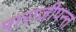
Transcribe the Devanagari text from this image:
पाराजीपन्त